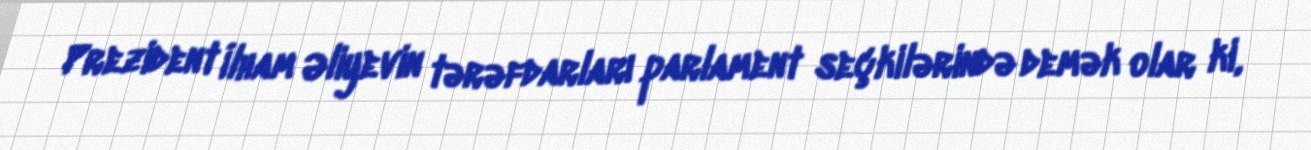
Prezident İlham Əliyevin tərəfdarları parlament seçkilərində demək olar ki,